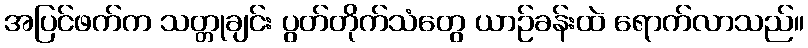
အပြင်ဖက်က သတ္တုချင်း ပွတ်တိုက်သံတွေ ယာဉ်ခန်းထဲ ရောက်လာသည်။